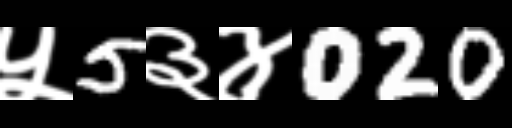
Text: ५5३४020